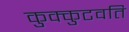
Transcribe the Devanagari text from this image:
कुक्कुटवति